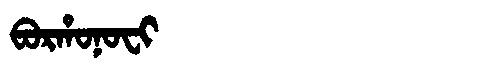
Manchu: ᠪᠣᡵᡥᠣᠨᠣᠸᡳ
Romanization: BORHONOFI